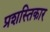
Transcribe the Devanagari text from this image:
प्रशस्तिकार